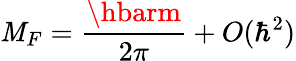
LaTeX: \mathit{M}_{F}=\frac{{\hbarm}}{{2\pi}}+O(\hbar^{2})